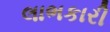
લાભકારી